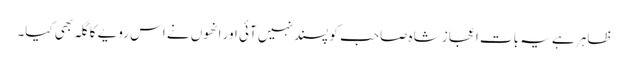
ظاہر ہے یہ بات اعجاز شاہ صاحب کو پسند نہیں آئی اور انھوں نے اس رویے کا گلہ بھی کیا۔